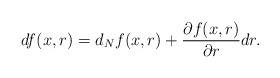
LaTeX: \begin{align*}df(x,r)=d_Nf(x,r)+\frac{\partial f(x,r)}{\partial r}dr.\end{align*}